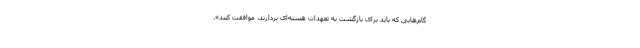
گام‌هایی که باید برای بازگشت به تعهدات هسته‌ای بردارند، موافقت کنند».